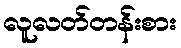
လူလတ်တန်းစား